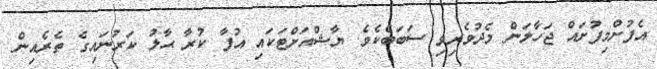
އެފުށްމިފުށައް ޖަހާލަން މެދުވެރިވި ސަބަބެކެވެ. ޔާޝްއަށްޓަކައި އުފާ ކުރާ ޙާލުު ކަރުނައިގެ ތެރެއިން